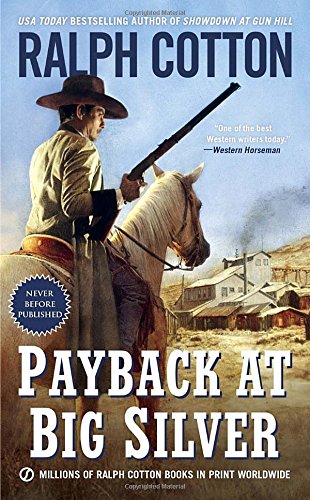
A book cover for Payback at Big Silver (Ralph Cotton Western Series); Ralph Cotton; Literature & Fiction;